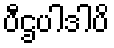
ပီဌပါဒါပိ